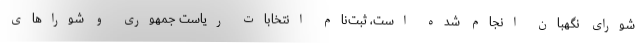
شورای نگهبان انجام شده است، ثبت‌نام انتخابات ریاست جمهوری و شوراهای